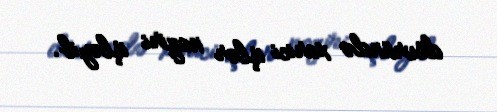
dövründə xarici işlər naziri işləyib.